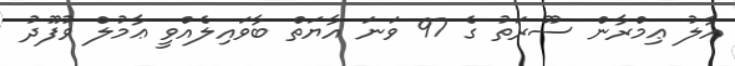
އާލު ޢިމްރާން ސޫރަތު ގެ 97 ވަނަ އާޔަތް ބާވައިލެއްވީ ޢާމުލް ވުފޫދު